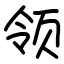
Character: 领